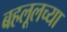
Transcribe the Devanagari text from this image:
बहलूलच्या